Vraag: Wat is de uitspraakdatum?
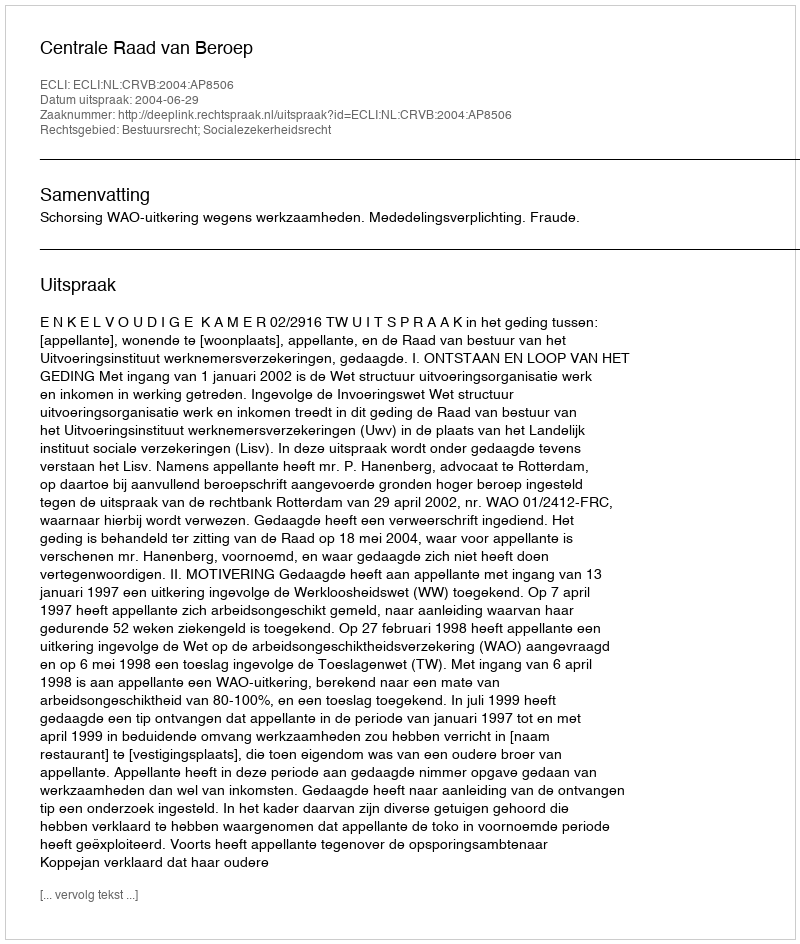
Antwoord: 2004-06-29